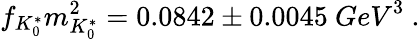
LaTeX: f_{K_{0}^{*}}m_{K_{0}^{*}}^{2}=0.0842\pm 0.0045\ {GeV}^{3}\ .